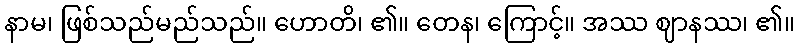
နာမ၊ ဖြစ်သည်မည်သည်။ ဟောတိ၊ ၏။ တေန၊ ကြောင့်။ အဿ ဈာနဿ၊ ၏။